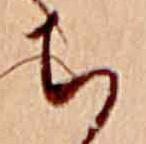
ち